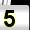
Digit: 5